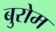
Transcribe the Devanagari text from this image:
बुरोम